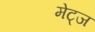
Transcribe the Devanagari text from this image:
मेट्ज